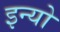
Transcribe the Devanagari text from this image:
इन्यो